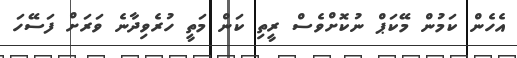
އެހެން ކަމުން މޭކަޕް ނުކޮށްވެސް ރީތި ކަން މަތީ ހުރެވިދާނެ ވަރަށް ފަސޭހަ